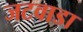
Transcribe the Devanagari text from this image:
जटवाडा